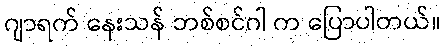
ဂျာရက် နေးသန် ဘစ်စင်ဂါ က ပြောပါတယ်။